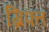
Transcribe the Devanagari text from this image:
ग्रिफ्त